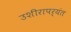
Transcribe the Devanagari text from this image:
उशीरापर्यंत